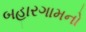
બહારગામનો